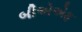
બીએએફ